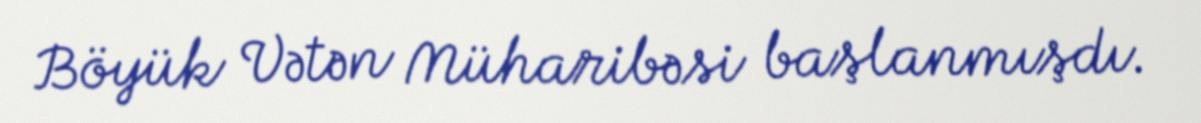
Böyük Vətən Müharibəsi başlanmışdı.